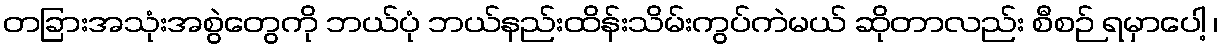
တခြားအသုံးအစွဲတွေကို ဘယ်ပုံ ဘယ်နည်းထိန်းသိမ်းကွပ်ကဲမယ် ဆိုတာလည်း စီစဉ် ရမှာပေါ့ ၊